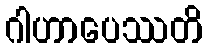
ဂါဟာပေဿတိ